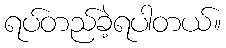
ရပ်တည်ခဲ့ရပါတယ်။